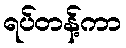
ရပ်တန့်ကာ